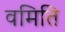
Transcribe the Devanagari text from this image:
वमिति